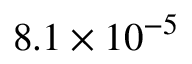
8 . 1 \times 1 0 ^ { - 5 }